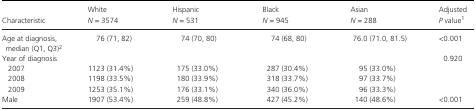
<table><thead><tr><td><b>Characteristic</b></td><td><b>White <i>N</i> = 3574</b></td><td><b>Hispanic <i>N</i> = 531</b></td><td><b>Black <i>N</i> = 945</b></td><td><b>Asian <i>N</i> = 288</b></td><td><b>Adjusted <i>P</i> valuea</b></td></tr></thead><tbody><tr><td>Age at diagnosis, median (Q1, Q3)b</td><td>76 (71, 82)</td><td>74 (70, 80)</td><td>74 (68, 80)</td><td>76.0 (71.0, 81.5)</td><td>&lt;0.001</td></tr><tr><td>Year of diagnosis</td><td></td><td></td><td></td><td></td><td>0.920</td></tr><tr><td>2007</td><td>1123 (31.4%)</td><td>175 (33.0%)</td><td>287 (30.4%)</td><td>95 (33.0%)</td><td></td></tr><tr><td>2008</td><td>1198 (33.5%)</td><td>180 (33.9%)</td><td>318 (33.7%)</td><td>97 (33.7%)</td><td></td></tr><tr><td>2009</td><td>1253 (35.1%)</td><td>176 (33.1%)</td><td>340 (36.0%)</td><td>96 (33.3%)</td><td></td></tr><tr><td>Male</td><td>1907 (53.4%)</td><td>259 (48.8%)</td><td>427 (45.2%)</td><td>140 (48.6%)</td><td>&lt;0.001</td></tr></tbody></table>